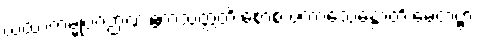
ယထာကမ္မုပဂဉာဏံ ဧကသတ္တတိ စောစံ ပကာသေန္တောတိ မေတဗ္ဗာ